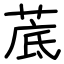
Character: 菧